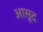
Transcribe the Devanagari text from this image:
आसूद